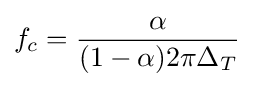
f_{c}={\frac {\alpha }{(1-\alpha )2\pi \Delta _{T}}}